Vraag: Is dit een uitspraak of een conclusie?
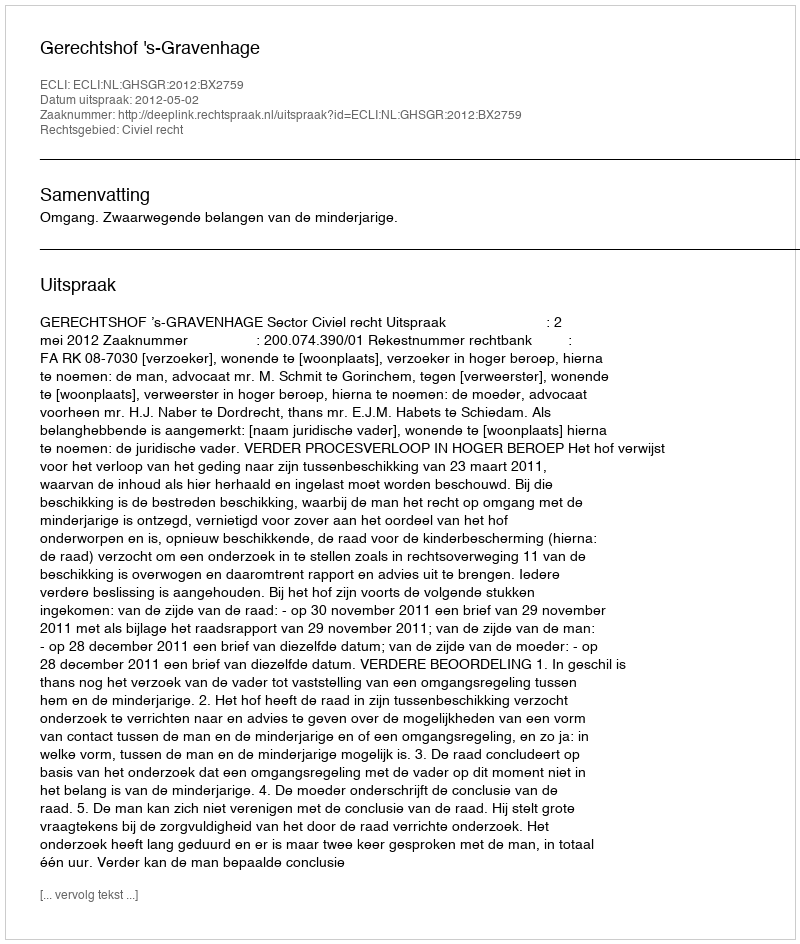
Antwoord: Uitspraak